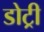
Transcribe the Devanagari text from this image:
डोट्री